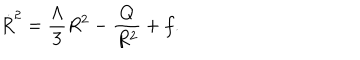
\dot { R } ^ { 2 } = { \frac { \Lambda } { 3 } } { R ^ { 2 } } - { \frac { Q } { R ^ { 2 } } } + f .